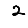
Digit: 2